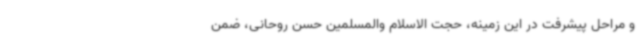
و مراحل پیشرفت در این زمینه، حجت الاسلام والمسلمین حسن روحانی، ضمن